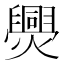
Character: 爂